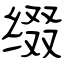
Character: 缀